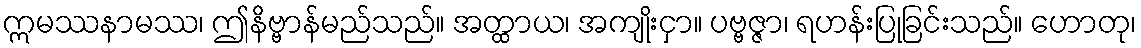
ဣမဿနာမဿ၊ ဤနိဗ္ဗာန်မည်သည်။ အတ္ထာယ၊ အကျိုးငှာ။ ပဗ္ဗဇ္ဇာ၊ ရဟန်းပြုခြင်းသည်။ ဟောတု၊